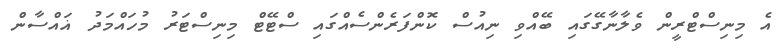
އެ މިނިސްޓްރީން ވެލާނާގޭގައި ބޭއްވި ނިއުސް ކޮންފަރެންސެއްގައި ސްޓޭޓް މިނިސްޓަރު މުހައްމަދު ޣައްސާން